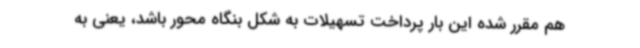
هم مقرر شده این بار پرداخت تسهیلات به شکل بنگاه محور باشد، یعنی به